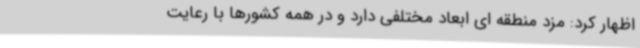
اظهار کرد: مزد منطقه ای ابعاد مختلفی دارد و در همه کشورها با رعایت